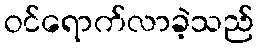
ဝင်ရောက်လာခဲ့သည်